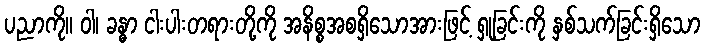
ပညာကို။ ဝါ၊ ခန္ဓာ ငါးပါးတရားတို့ကို အနိစ္စအစရှိသောအားဖြင့် ရှုခြင်းကို နှစ်သက်ခြင်းရှိသော